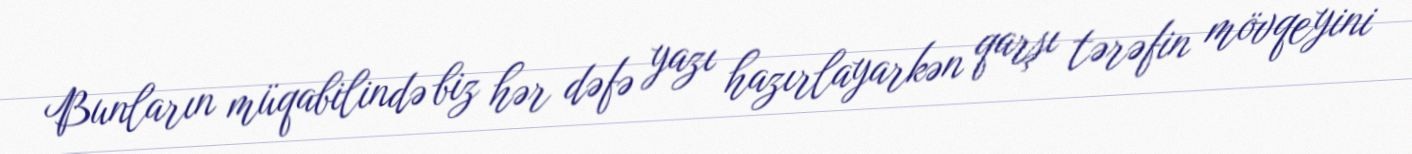
Bunların müqabilində biz hər dəfə yazı hazırlayarkən qarşı tərəfin mövqeyini